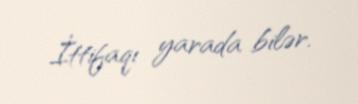
İttifaqı yarada bilər.